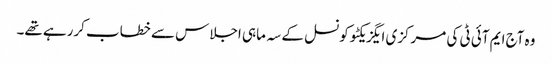
وہ آج ایم آئی ٹی کی مرکزی ایگزیکٹو کونسل کے سہ ماہی اجلاس سے خطاب کررہے تھے۔